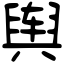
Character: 舆